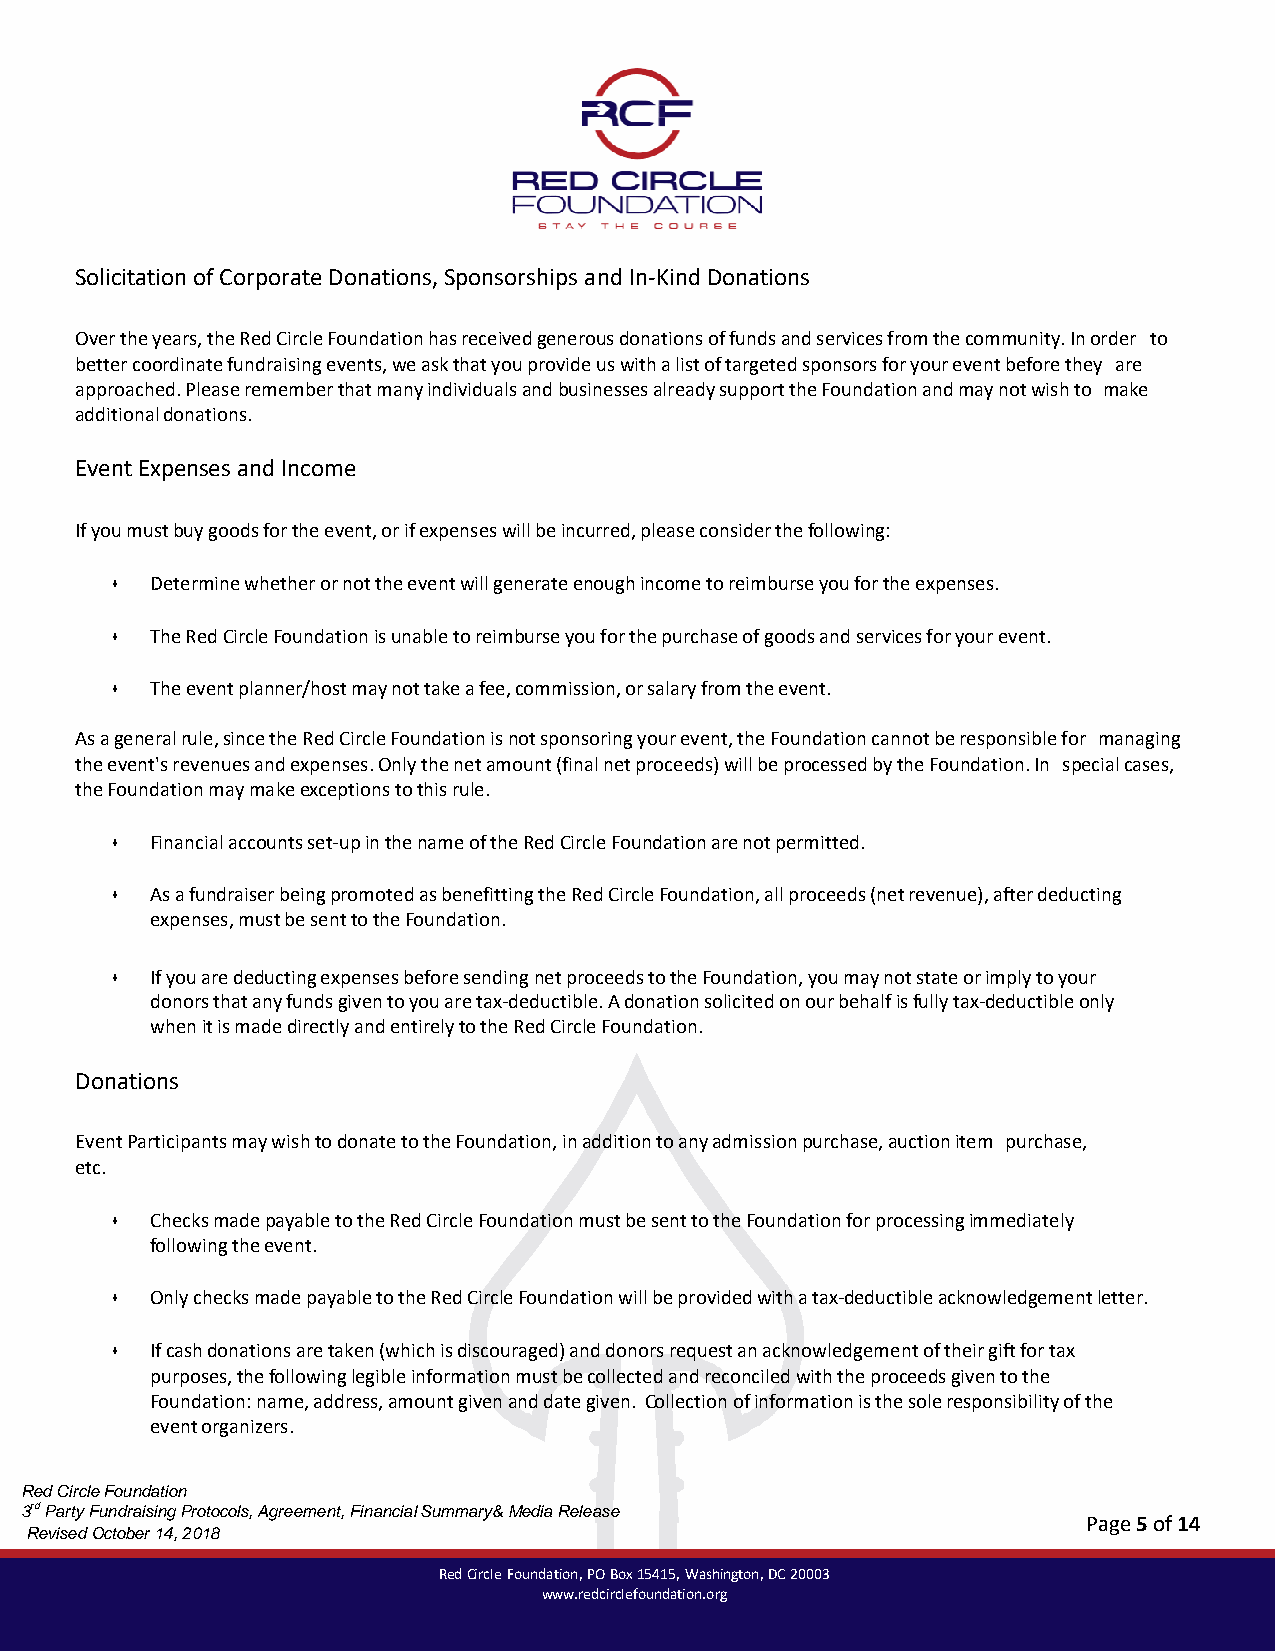
Solicitation of Corporate Donations, Sponsorships and In-Kind Donations
 Over the years, the Red Circle Foundation has received generous donations of funds and services from the community. In order to
 better coordinate fundraising events, we ask that you provide us with a list of targeted sponsors for your event before they are
 approached. Please remember that many individuals and businesses already support the Foundation and may not wish to make
 additional donations.
 Event Expenses and Income
 If you must buy goods for the event, or if expenses will be incurred, please consider the following:
 •  Determine whether or not the event will generate enough income to reimburse you for the expenses.
 •  The Red Circle Foundation is unable to reimburse you for the purchase of goods and services for your event.
 •  The event planner/host may not take a fee, commission, or salary from the event.
 As a general rule, since the Red Circle Foundation is not sponsoring your event, the Foundation cannot be responsible for managing
 the event's revenues and expenses. Only the net amount (final net proceeds) will be processed by the Foundation. In special cases,
 the Foundation may make exceptions to this rule.
 •  Financial accounts set-up in the name of the Red Circle Foundation are not permitted.
 •  As a fundraiser being promoted as benefitting the Red Circle Foundation, all proceeds (net revenue), after deducting
 expenses, must be sent to the Foundation.
 •  If you are deducting expenses before sending net proceeds to the Foundation, you may not state or imply to your
 donors that any funds given to you are tax-deductible. A donation solicited on our behalf is fully tax-deductible only
 when it is made directly and entirely to the Red Circle Foundation.
 Donations
 Event Participants may wish to donate to the Foundation, in addition to any admission purchase, auction item purchase,
 etc.
 •  Checks made payable to the Red Circle Foundation must be sent to the Foundation for processing immediately
 following the event.
 •  Only checks made payable to the Red Circle Foundation will be provided with a tax-deductible acknowledgement letter.
 •  If cash donations are taken (which is discouraged) and donors request an acknowledgement of their gift for tax
 purposes, the following legible information must be collected and reconciled with the proceeds given to the
 Foundation: name, address, amount given and date given. Collection of information is the sole responsibility of the
 event organizers.
 Red Circle Foundation
 3rd Party Fundraising Protocols, Agreement, Financial Summary& Media Release
 Page 5 of 14
 Revised October 14, 2018
 Red Circle Foundation, PO Box 15415, Washington, DC 20003
 www.redcirclefoundation.org